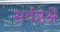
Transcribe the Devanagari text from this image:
सर्वष्ठश्रे